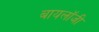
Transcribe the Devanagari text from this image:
बायलॉजी